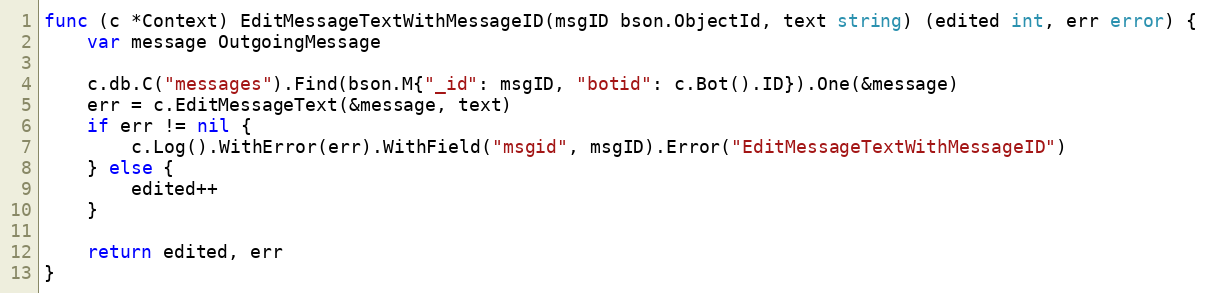
Language: Go
func (c *Context) EditMessageTextWithMessageID(msgID bson.ObjectId, text string) (edited int, err error) {
	var message OutgoingMessage

	c.db.C("messages").Find(bson.M{"_id": msgID, "botid": c.Bot().ID}).One(&message)
	err = c.EditMessageText(&message, text)
	if err != nil {
		c.Log().WithError(err).WithField("msgid", msgID).Error("EditMessageTextWithMessageID")
	} else {
		edited++
	}

	return edited, err
}